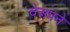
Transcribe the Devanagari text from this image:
वेअपने